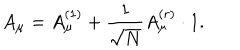
LaTeX: A _ { \mu } = A _ { \mu } ^ { ( 1 ) } + \frac 1 { \sqrt { N } } A _ { \mu } ^ { ( r ) } \cdot 1 .